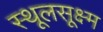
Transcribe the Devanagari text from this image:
स्थूलसूक्ष्म